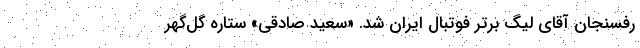
رفسنجان آقای لیگ برتر فوتبال ایران شد. «سعید صادقی» ستاره گل‌گهر